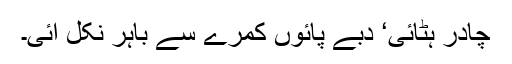
چادر ہٹائی‘ دبے پائوں کمرے سے باہر نکل آئی۔